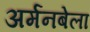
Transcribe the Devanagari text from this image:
अर्मनबेला